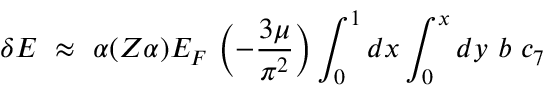
\delta E ~ \approx ~ \alpha ( Z \alpha ) E _ { F } ~ \Bigl ( - \frac { 3 \mu } { \pi ^ { 2 } } \Bigr ) \int _ { 0 } ^ { 1 } { d x } \int _ { 0 } ^ { x } { d y } ~ b ~ c _ { 7 } ~